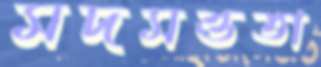
মদমত্ততা